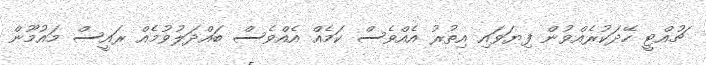
ޗުއްޓީ ހޭދަކުރެއްވުން ފިޔަވައި އިތުރު އެއްވެސް ކަމެއް އެއްވެސް ބައްދަލުވުމެއް ރައީސް މައުމޫން